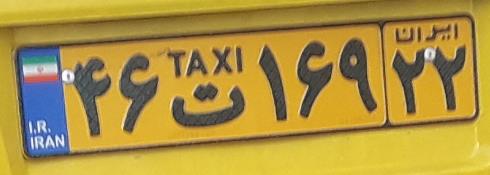
۴۶ت۱۶۹۲۲